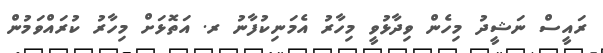
ރައީސް ނަޝީދު މިހެން ވިދާޅުވީ މިހާރު އެމަނިކުފާނު ރ. އަތޮޅަށް މިހާރު ކުރައްވަމުން